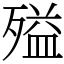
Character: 㱲